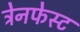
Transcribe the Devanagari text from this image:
ट्रेनफेस्ट